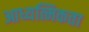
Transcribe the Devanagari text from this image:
आध्यत्मिकता